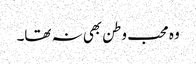
وہ محب وطن بھی نہ تھا۔